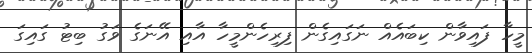
މީހާ ފައިވާން ކިބައެއް ނަަގައިގެން ފިރިހެންމީހާ އާއި އޭނަގެ ވަގު ބިޓު ގައިގަ